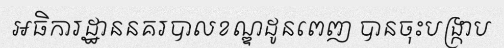
អធិការដ្ឋាននគរបាលខណ្ឌដូនពេញ បានចុះបង្ក្រាប